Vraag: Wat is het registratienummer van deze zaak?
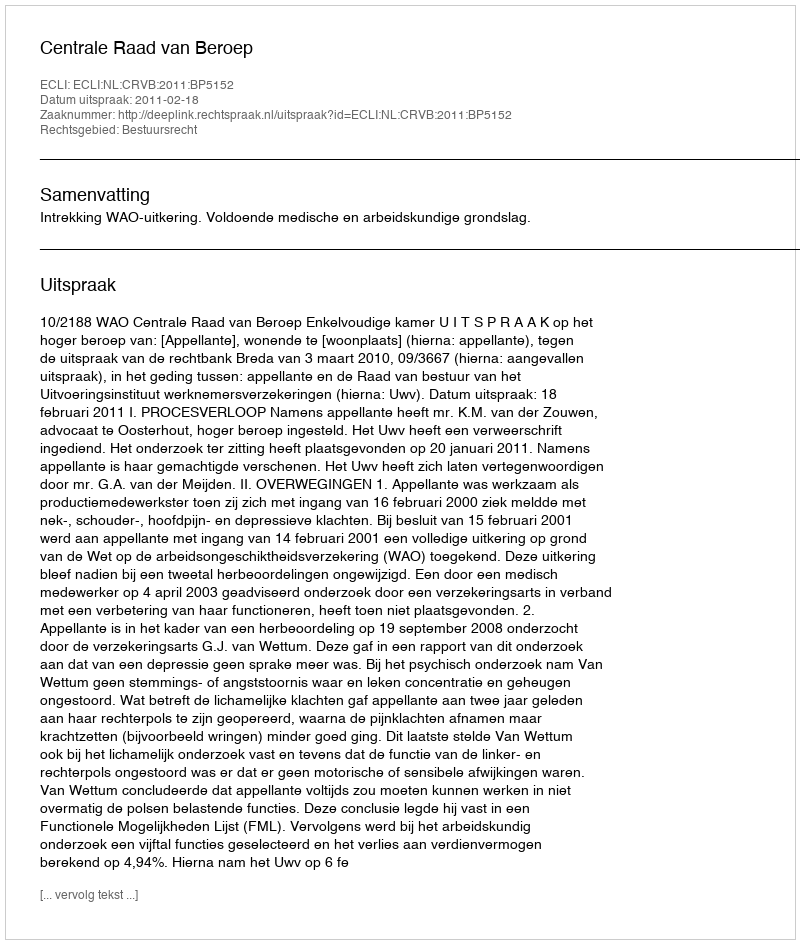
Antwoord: http://deeplink.rechtspraak.nl/uitspraak?id=ECLI:NL:CRVB:2011:BP5152